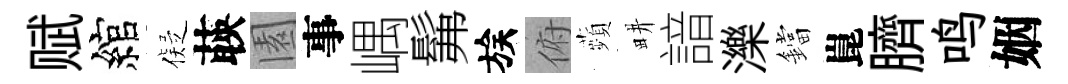
赋綰儗𦴤園事嵎髴族俯蘋畊諳濼鐺崑臍鸣姻